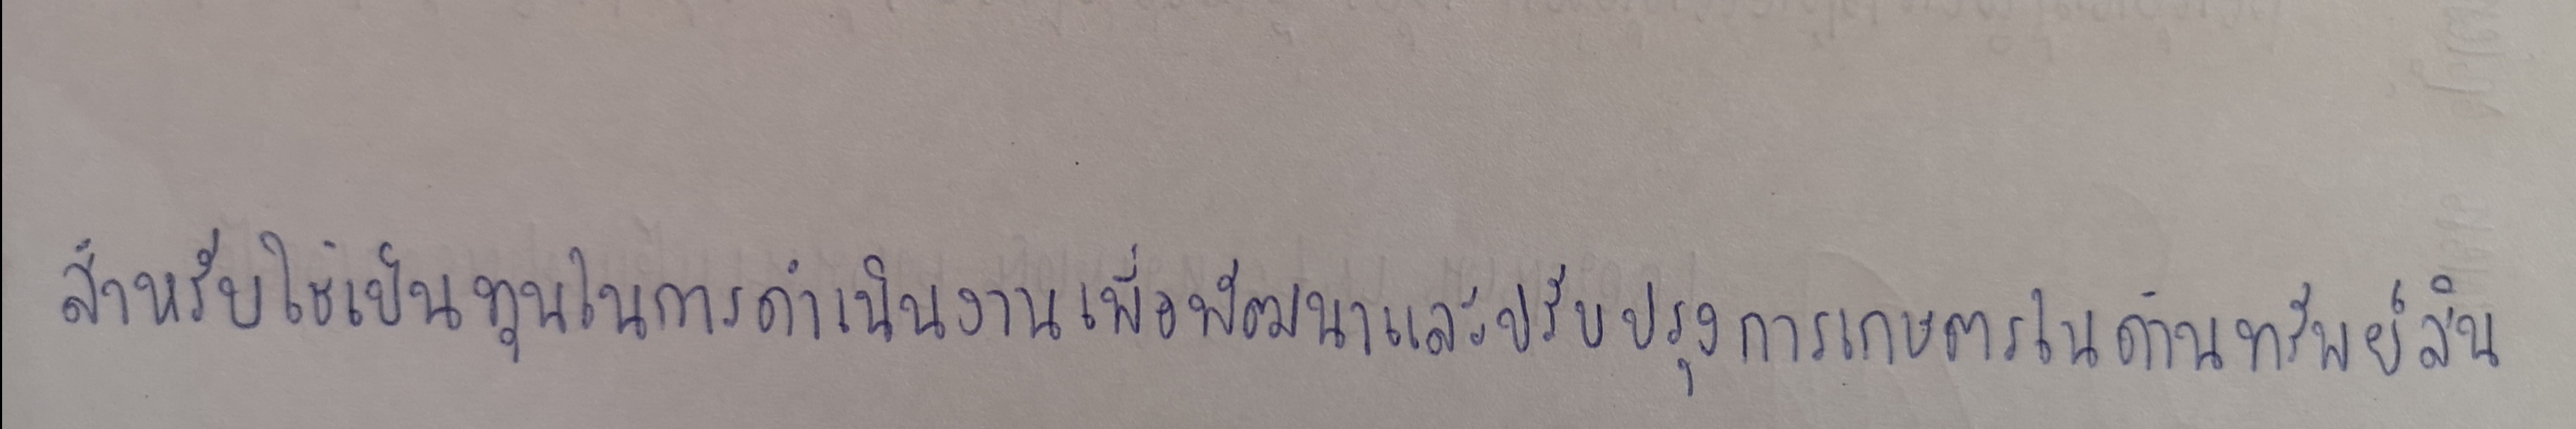
สำหรับใช้เป็นทุนในการดำเนินงานเพื่อพัฒนาและปรับปรุงการเกษตรในด้านทรัพย์สิน